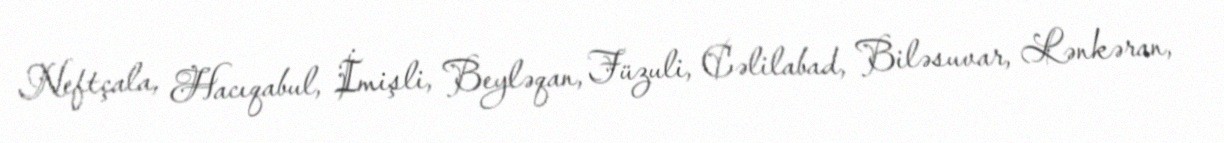
Neftçala, Hacıqabul, İmişli, Beyləqan, Füzuli, Cəlilabad, Biləsuvar, Lənkəran,